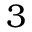
3